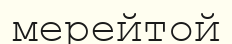
мерейтой